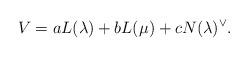
LaTeX: \begin{align*} V=aL(\lambda)+bL(\mu)+cN(\lambda)^\vee.\end{align*}